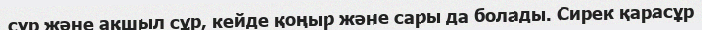
сұр және ақшыл сұр, кейде қоңыр және сары да болады. Сирек қарасұр